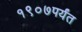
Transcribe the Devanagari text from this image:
१९०७पर्यंत